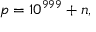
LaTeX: p = 1 0 ^ { 9 9 9 } + n ,